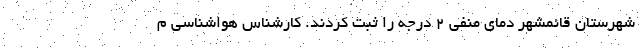
شهرستان قائمشهر دمای منفی ۲ درجه را ثبت کردند. کارشناس هواشناسی م